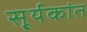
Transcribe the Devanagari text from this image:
सू्र्यकांत